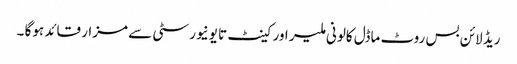
ریڈ لائن بس روٹ ماڈل کالونی ملیر اور کینٹ تا یونیورسٹی سے مزار قائد ہوگا ۔